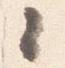
々